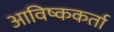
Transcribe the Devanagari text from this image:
आविष्ककर्ता